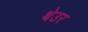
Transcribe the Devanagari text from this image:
थेउर